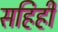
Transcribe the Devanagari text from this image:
सहिही